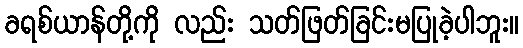
ခရစ်ယာန်တို့ကို လည်း သတ်ဖြတ်ခြင်းမပြုခဲ့ပါဘူး။